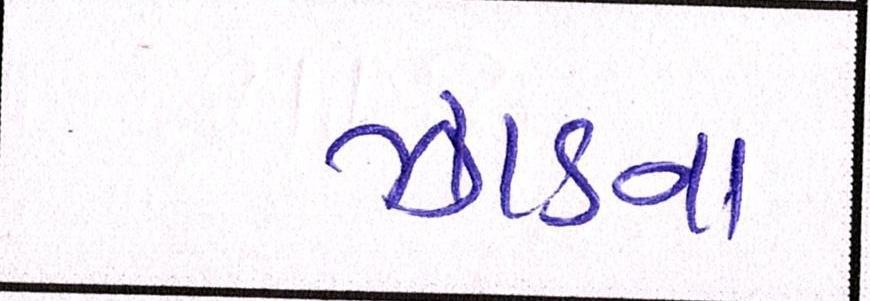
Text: ઝાડના